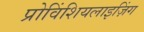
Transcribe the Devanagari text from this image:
प्रोविंशियलाइज़िंग